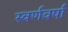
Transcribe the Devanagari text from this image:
स्वर्णवर्षा